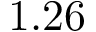
1 . 2 6